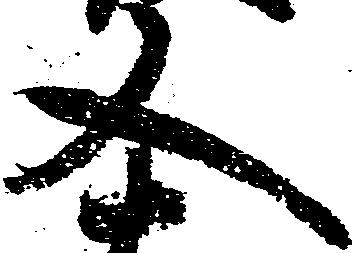
又